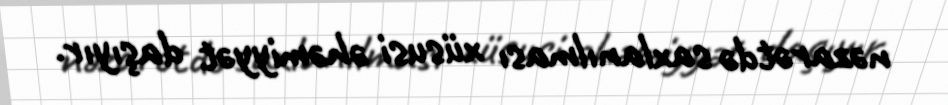
nəzarətdə saxlanılması xüsusi əhəmiyyət daşıyır.